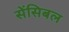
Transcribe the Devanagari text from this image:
सेंसिबल